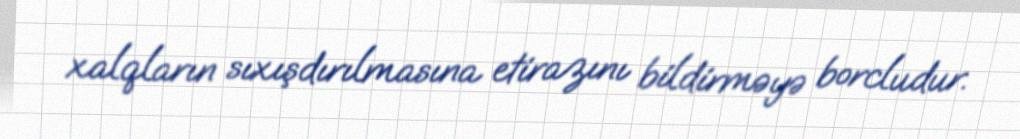
xalqların sıxışdırılmasına etirazını bildirməyə borcludur.